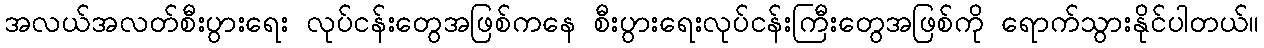
အလယ်အလတ်စီးပွားရေး လုပ်ငန်းတွေအဖြစ်ကနေ စီးပွားရေးလုပ်ငန်းကြီးတွေအဖြစ်ကို ရောက်သွားနိုင်ပါတယ်။